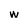
Character: w